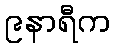
၉နာရီက